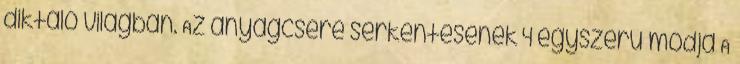
diktáló világban. Az anyagcsere serkentésének 4 egyszerű módja A